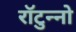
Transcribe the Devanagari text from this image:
राॅटुन्नो